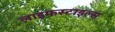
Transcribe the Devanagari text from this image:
लाइफस्टाइल्स